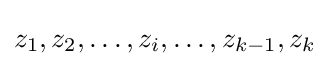
z_{1},z_{2},\ldots ,z_{i},\ldots ,z_{k-1},z_{k}